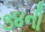
૩૪ની